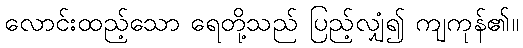
လောင်းထည့်သော ရေတို့သည် ပြည့်လျှံ၍ ကျကုန်၏။